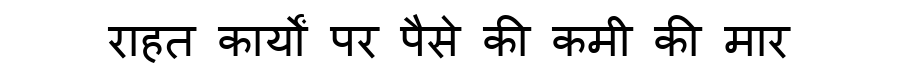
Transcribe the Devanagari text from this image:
राहत कार्यों पर पैसे की कमी की मार